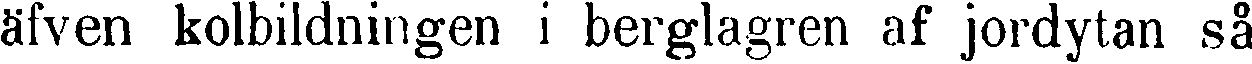
äfven kolbildningen i berglagren af jordytan så